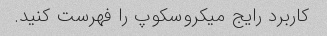
کاربرد رایج میکروسکوپ را فهرست کنید.